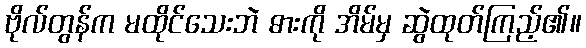
ဗိုလ်တွန်က မထိုင်သေးဘဲ ဓားကို အိမ်မှ ဆွဲထုတ်ကြည့်၏။